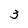
Character: 3